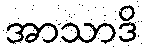
အာသာဒိ